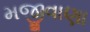
મજીવાણા